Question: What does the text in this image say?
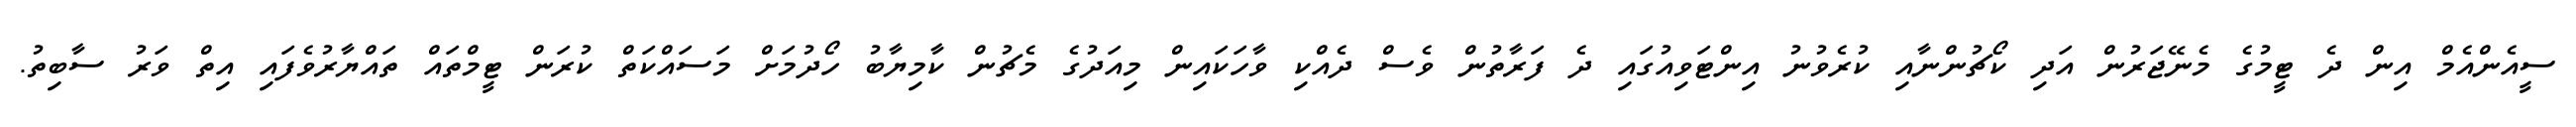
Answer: ސީއެންއެމް އިން ދެ ޓީމުގެ މެނޭޖަރުން އަދި ކޯޗުންނާއި ކުރެވުނު އިންޓަވިއުގައި ދެ ފަރާތުން ވެސް ދެއްކި ވާހަކައިން މިއަދުގެ މެޗުން ކާމިޔާބު ހޯދުމަށް މަސައްކަތް ކުރަން ޓީމްތައް ތައްޔާރުވެފައި އިތް ވަރު ސާބިތު.